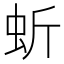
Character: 蚚